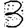
Digit: 3